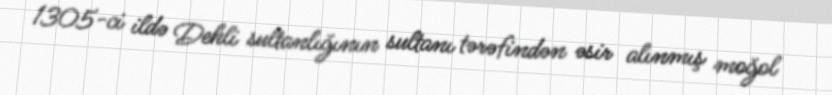
1305-ci ildə Dehli sultanlığının sultanı tərəfindən əsir alınmış moğol